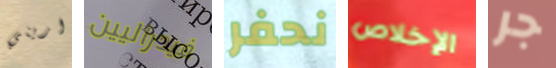
اريني فيدراليين نحفر الإخلاص جر